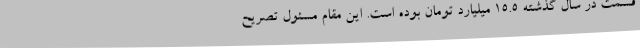
قسمت در سال گذشته 15.5 میلیارد تومان بوده است. این مقام مسئول تصریح